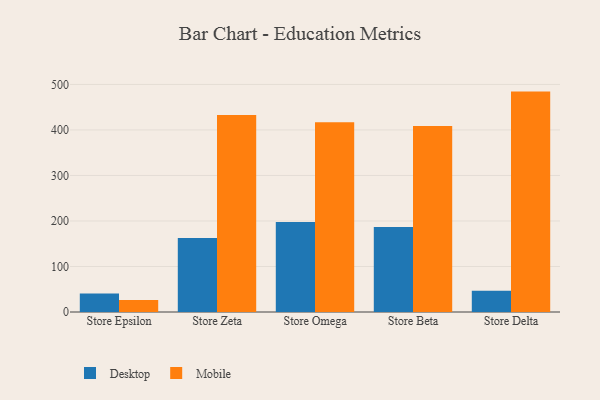
{"axis": {"x": "Store", "y": "Bounce Rate (%)"}, "legend": ["Desktop", "Mobile"], "data": [{"x": "Store Epsilon", "y": 40.4, "type": "Desktop"}, {"x": "Store Epsilon", "y": 26.3, "type": "Mobile"}, {"x": "Store Zeta", "y": 162.5, "type": "Desktop"}, {"x": "Store Zeta", "y": 432.7, "type": "Mobile"}, {"x": "Store Omega", "y": 197.9, "type": "Desktop"}, {"x": "Store Omega", "y": 416.7, "type": "Mobile"}, {"x": "Store Beta", "y": 186.9, "type": "Desktop"}, {"x": "Store Beta", "y": 408.6, "type": "Mobile"}, {"x": "Store Delta", "y": 46.8, "type": "Desktop"}, {"x": "Store Delta", "y": 484.3, "type": "Mobile"}]}